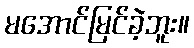
မအောင်မြင်ခဲ့ဘူး။